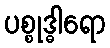
ပစ္စုဒ္ဓါရော